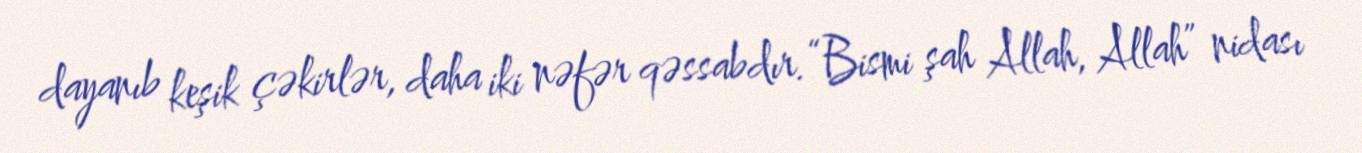
dayanıb keşik çəkirlər, daha iki nəfər qəssabdır.“Bismi şah Allah, Allah” nidası